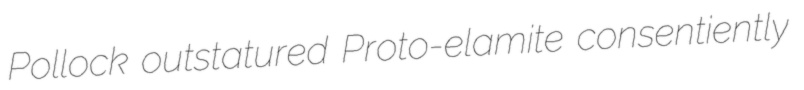
Pollock outstatured Proto-elamite consentiently